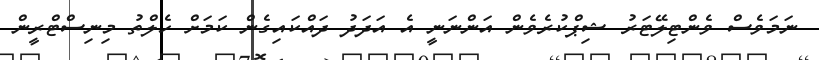
ނަމަވެސް ވެންޓިލޭޓަރު ޝިޕްކުރެވެން އަންނަނީ އެ އަދަދު ދައްކައިގެން ކަމަށް ހެލްތު މިނިސްޓްރީން